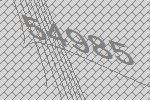
54985